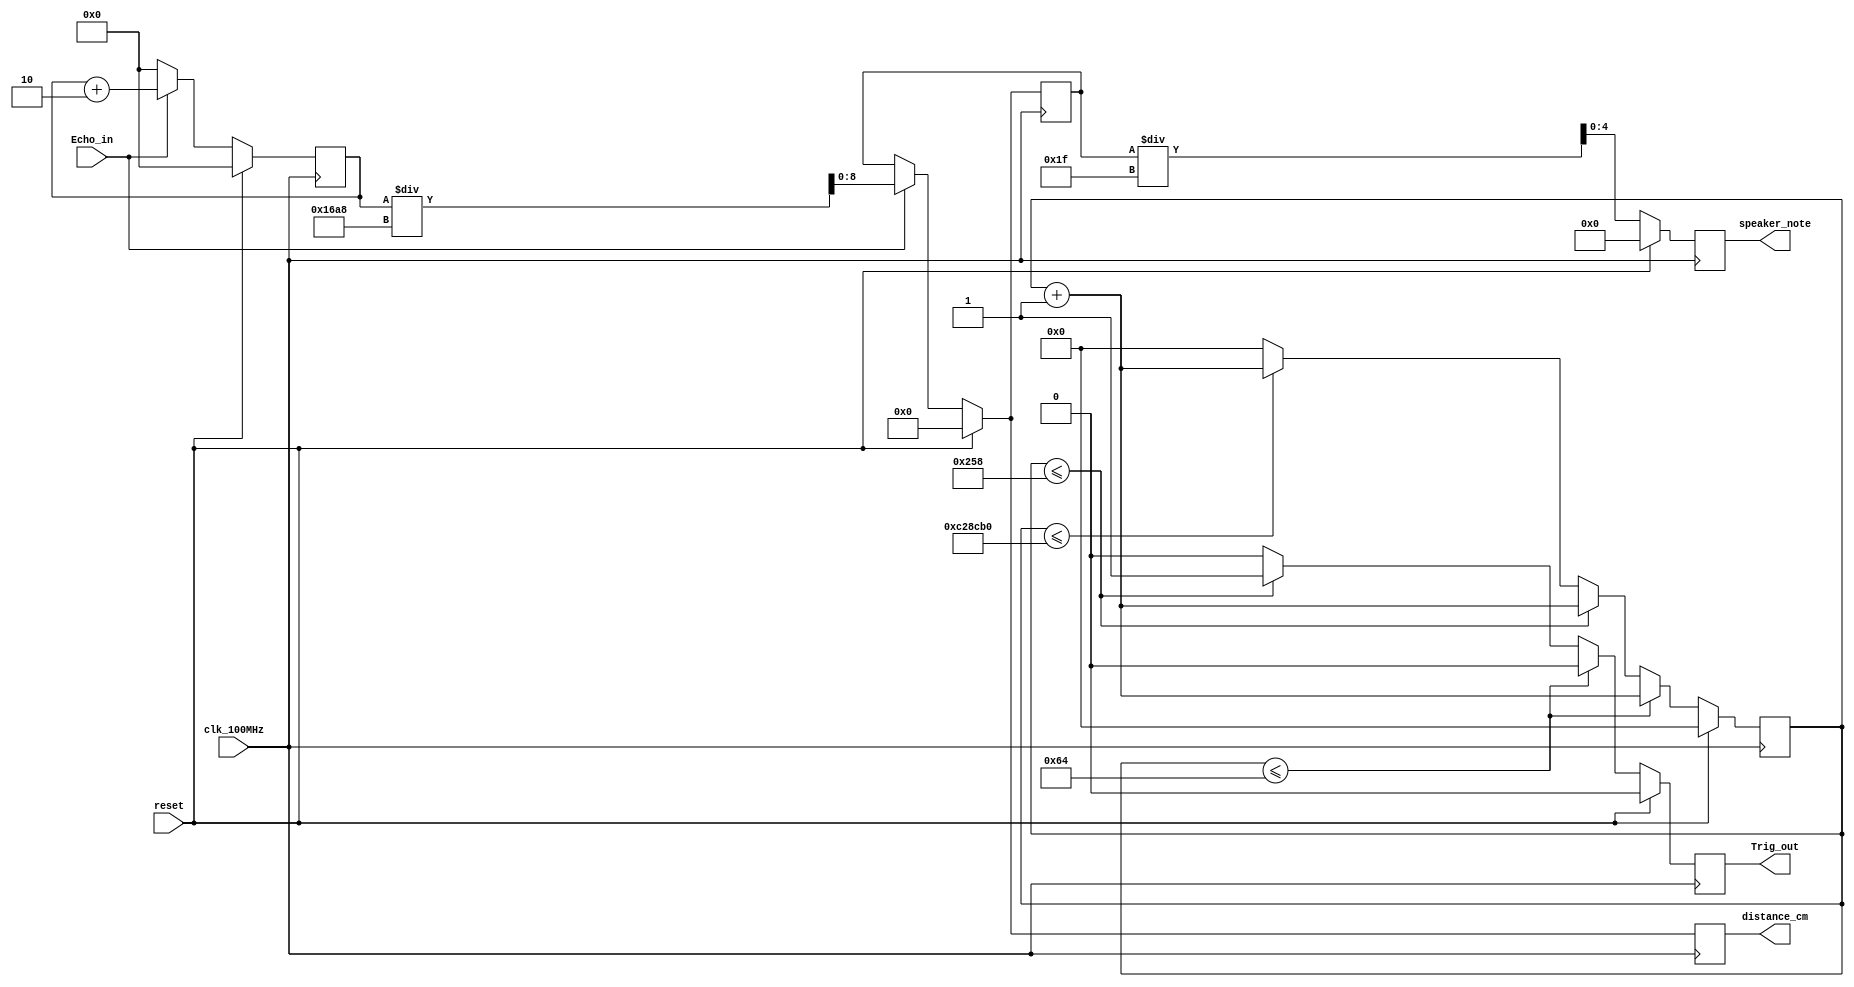
//////////////////////////////////////////////////////////////////////////////////
// Company: Akademia Grniczo-Hutnicza w Krakowie
// Project Name: Ardudido
// Tool Versions: Vivado 2017.3
//////////////////////////////////////////////////////////////////////////////////

module Distance_meter(
    input wire clk_100MHz,
    input wire reset,
    output reg [8:0] distance_cm,
    output reg [4:0] speaker_note,
    input wire Echo_in,
    output reg Trig_out
    );
    
    reg [24:0] trig_cnt = 0;
    reg [24:0] trig_cnt_nxt = 0;
    reg [20:0] echo_cnt  = 0;
    reg [20:0] echo_cnt_nxt  = 0;
    reg [8:0] distance_cm_nxt = 0;
    reg [8:0] distance_buffer_cm = 0;
    reg [20:0] distance_buffer_nxt_cm = 0;
    reg [4:0] speaker_note_nxt;
    reg Trig_nxt  = 0;
    
    
    always @* begin
        if (trig_cnt <= 25'd100) begin
            trig_cnt_nxt = trig_cnt + 1;
            Trig_nxt = 1'b0;
        end else if (trig_cnt <= 25'd600) begin
            Trig_nxt = 1'b1;
            trig_cnt_nxt = trig_cnt + 1;
        end else if (trig_cnt <=  25'd12750000) begin
            trig_cnt_nxt = trig_cnt + 1;
            Trig_nxt = 1'b0;
        end else begin
            trig_cnt_nxt = 0;
            Trig_nxt = 1'b0;
        end
        
        
        if ( Echo_in == 1) begin
            echo_cnt_nxt = echo_cnt + 20'd2;
            distance_cm_nxt = echo_cnt/(11'd58*100);
            speaker_note_nxt = distance_buffer_cm[8:0] / 31;
        end else begin
            echo_cnt_nxt = 0;
            distance_cm_nxt = distance_buffer_cm;// / 11'd58;
            speaker_note_nxt = distance_buffer_cm[8:0] / 31;
        end
        
    end
    
    always @(posedge clk_100MHz) begin
           if(reset)begin
                distance_cm <= 0;
                Trig_out <= 0;
                echo_cnt <= 0;
                trig_cnt <= 0;
                speaker_note <= 0;
                distance_buffer_cm <= 0;
           end else begin
                distance_cm <= (distance_cm_nxt[8:0]);
                distance_buffer_cm <= distance_cm_nxt;
                Trig_out <= Trig_nxt;
                echo_cnt <= echo_cnt_nxt; 
                trig_cnt <= trig_cnt_nxt;
                speaker_note <= speaker_note_nxt;
           end
        end
    
endmodule